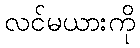
လင်မယားကို